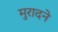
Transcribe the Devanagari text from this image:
मुरादने